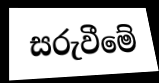
සරුවීමේ